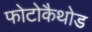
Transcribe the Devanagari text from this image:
फोटोकैथोड